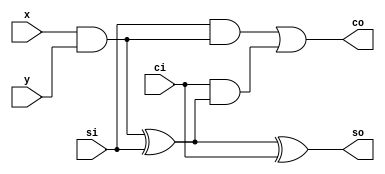
`timescale 1ns / 1ps
//////////////////////////////////////////////////////////////////////////////////
// Company: 
// Engineer: 
// 
// Design Name: 
// Module Name: multiply_csa
// Project Name: 
// Target Devices: 
// Tool Versions: 
// Description: 
// 
// Dependencies: 
// 
// Revision:
// Revision 0.01 - File Created
// Additional Comments:
// 
//////////////////////////////////////////////////////////////////////////////////


module multiply_csa(input x,
input y,
input si,
input ci,
output so,
output co);

wire p;
assign p=x&y;
assign so=p^si^ci;
assign co=si&p | ci&(si^p);
endmodule